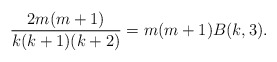
\begin{align*}\frac{2m(m+1)}{k(k+1)(k+2)}=m(m+1)B(k,3).\end{align*}